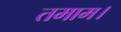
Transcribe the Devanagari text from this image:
तमाम।